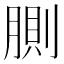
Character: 𰮸